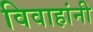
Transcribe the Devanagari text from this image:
विवाहांनी